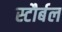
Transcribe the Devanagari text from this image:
स्टौर्बल